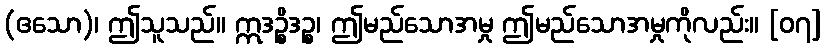
(ဧသော)၊ ဤသူသည်။ ဣဒဉ္စိဒဉ္စ၊ ဤမည်သောအမှု ဤမည်သောအမှုကိုလည်း။ [၀၇]